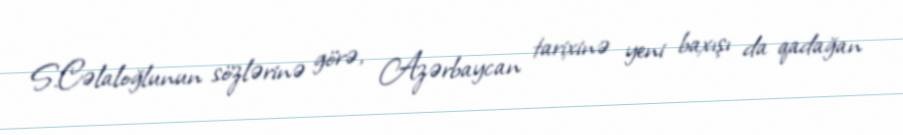
S.Cəlaloğlunun sözlərinə görə, Azərbaycan tarixinə yeni baxışı da qadağan